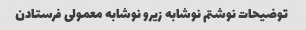
توضیحات نوشتم‌ نوشابه زیرو نوشابه معمولی فرستادن